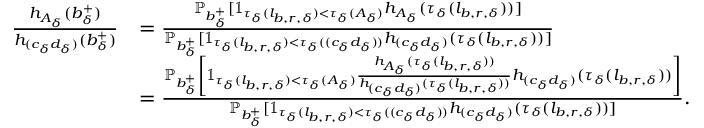
\begin{array} { r l } { \frac { h _ { A _ { \delta } } ( b _ { \delta } ^ { + } ) } { h _ { ( c _ { \delta } d _ { \delta } ) } ( b _ { \delta } ^ { + } ) } } & { = \frac { \mathbb { P } _ { b _ { \delta } ^ { + } } [ \mathbb { 1 } _ { \tau _ { \delta } ( l _ { b , r , \delta } ) < \tau _ { \delta } ( A _ { \delta } ) } h _ { A _ { \delta } } ( \tau _ { \delta } ( l _ { b , r , \delta } ) ) ] } { \mathbb { P } _ { b _ { \delta } ^ { + } } [ \mathbb { 1 } _ { \tau _ { \delta } ( l _ { b , r , \delta } ) < \tau _ { \delta } ( ( c _ { \delta } d _ { \delta } ) ) } h _ { ( c _ { \delta } d _ { \delta } ) } ( \tau _ { \delta } ( l _ { b , r , \delta } ) ) ] } } \\ & { = \frac { \mathbb { P } _ { b _ { \delta } ^ { + } } \left[ \mathbb { 1 } _ { \tau _ { \delta } ( l _ { b , r , \delta } ) < \tau _ { \delta } ( A _ { \delta } ) } \frac { h _ { A _ { \delta } } ( \tau _ { \delta } ( l _ { b , r , \delta } ) ) } { h _ { ( c _ { \delta } d _ { \delta } ) } ( \tau _ { \delta } ( l _ { b , r , \delta } ) ) } h _ { ( c _ { \delta } d _ { \delta } ) } ( \tau _ { \delta } ( l _ { b , r , \delta } ) ) \right] } { \mathbb { P } _ { b _ { \delta } ^ { + } } [ \mathbb { 1 } _ { \tau _ { \delta } ( l _ { b , r , \delta } ) < \tau _ { \delta } ( ( c _ { \delta } d _ { \delta } ) ) } h _ { ( c _ { \delta } d _ { \delta } ) } ( \tau _ { \delta } ( l _ { b , r , \delta } ) ) ] } . } \end{array}